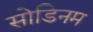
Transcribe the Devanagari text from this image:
सोडिनम